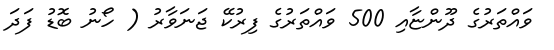
ވައްތަރުގެ ދޫންޏާއި 500 ވައްތަރުގެ ފިރުކޭ ޖަނަވާރު ( ހޯނު ބޮޑު ފަދަ